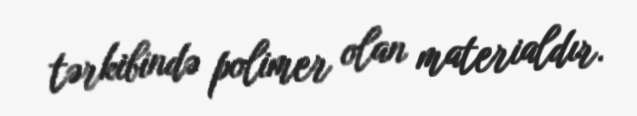
tərkibində polimer olan materialdır.